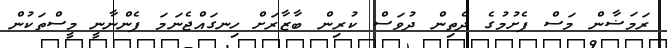
ރަމަޟާން މަސް ފެށުމުގެ ދެތިން ދުވަސް ކުރިން ބާޒާރަށް ހިނގައްޖެނަމަ ފެންނާނީ މީސްތަކުން